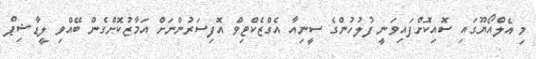
މި އެލްއޯޔޫގައި ސޮއިކޮށްފައިވަނީ ފުލުހުންގެ ސީނިއާ އެގްޒެކްޓިވް އޮފިސަރުންނަށް އަމާޒުކޮށްގެން ބޭއްވި ލީޑާޝިޕް